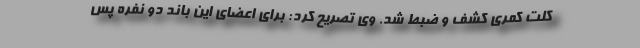
کلت کمری کشف و ضبط شد. وی تصریح کرد: برای اعضای این باند دو نفره پس